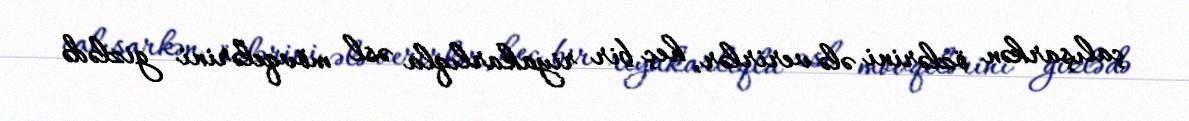
çalışarkən özlərini ələ verirlər, heç bir riyakarlıqla əsl mövqelərini gizlədə